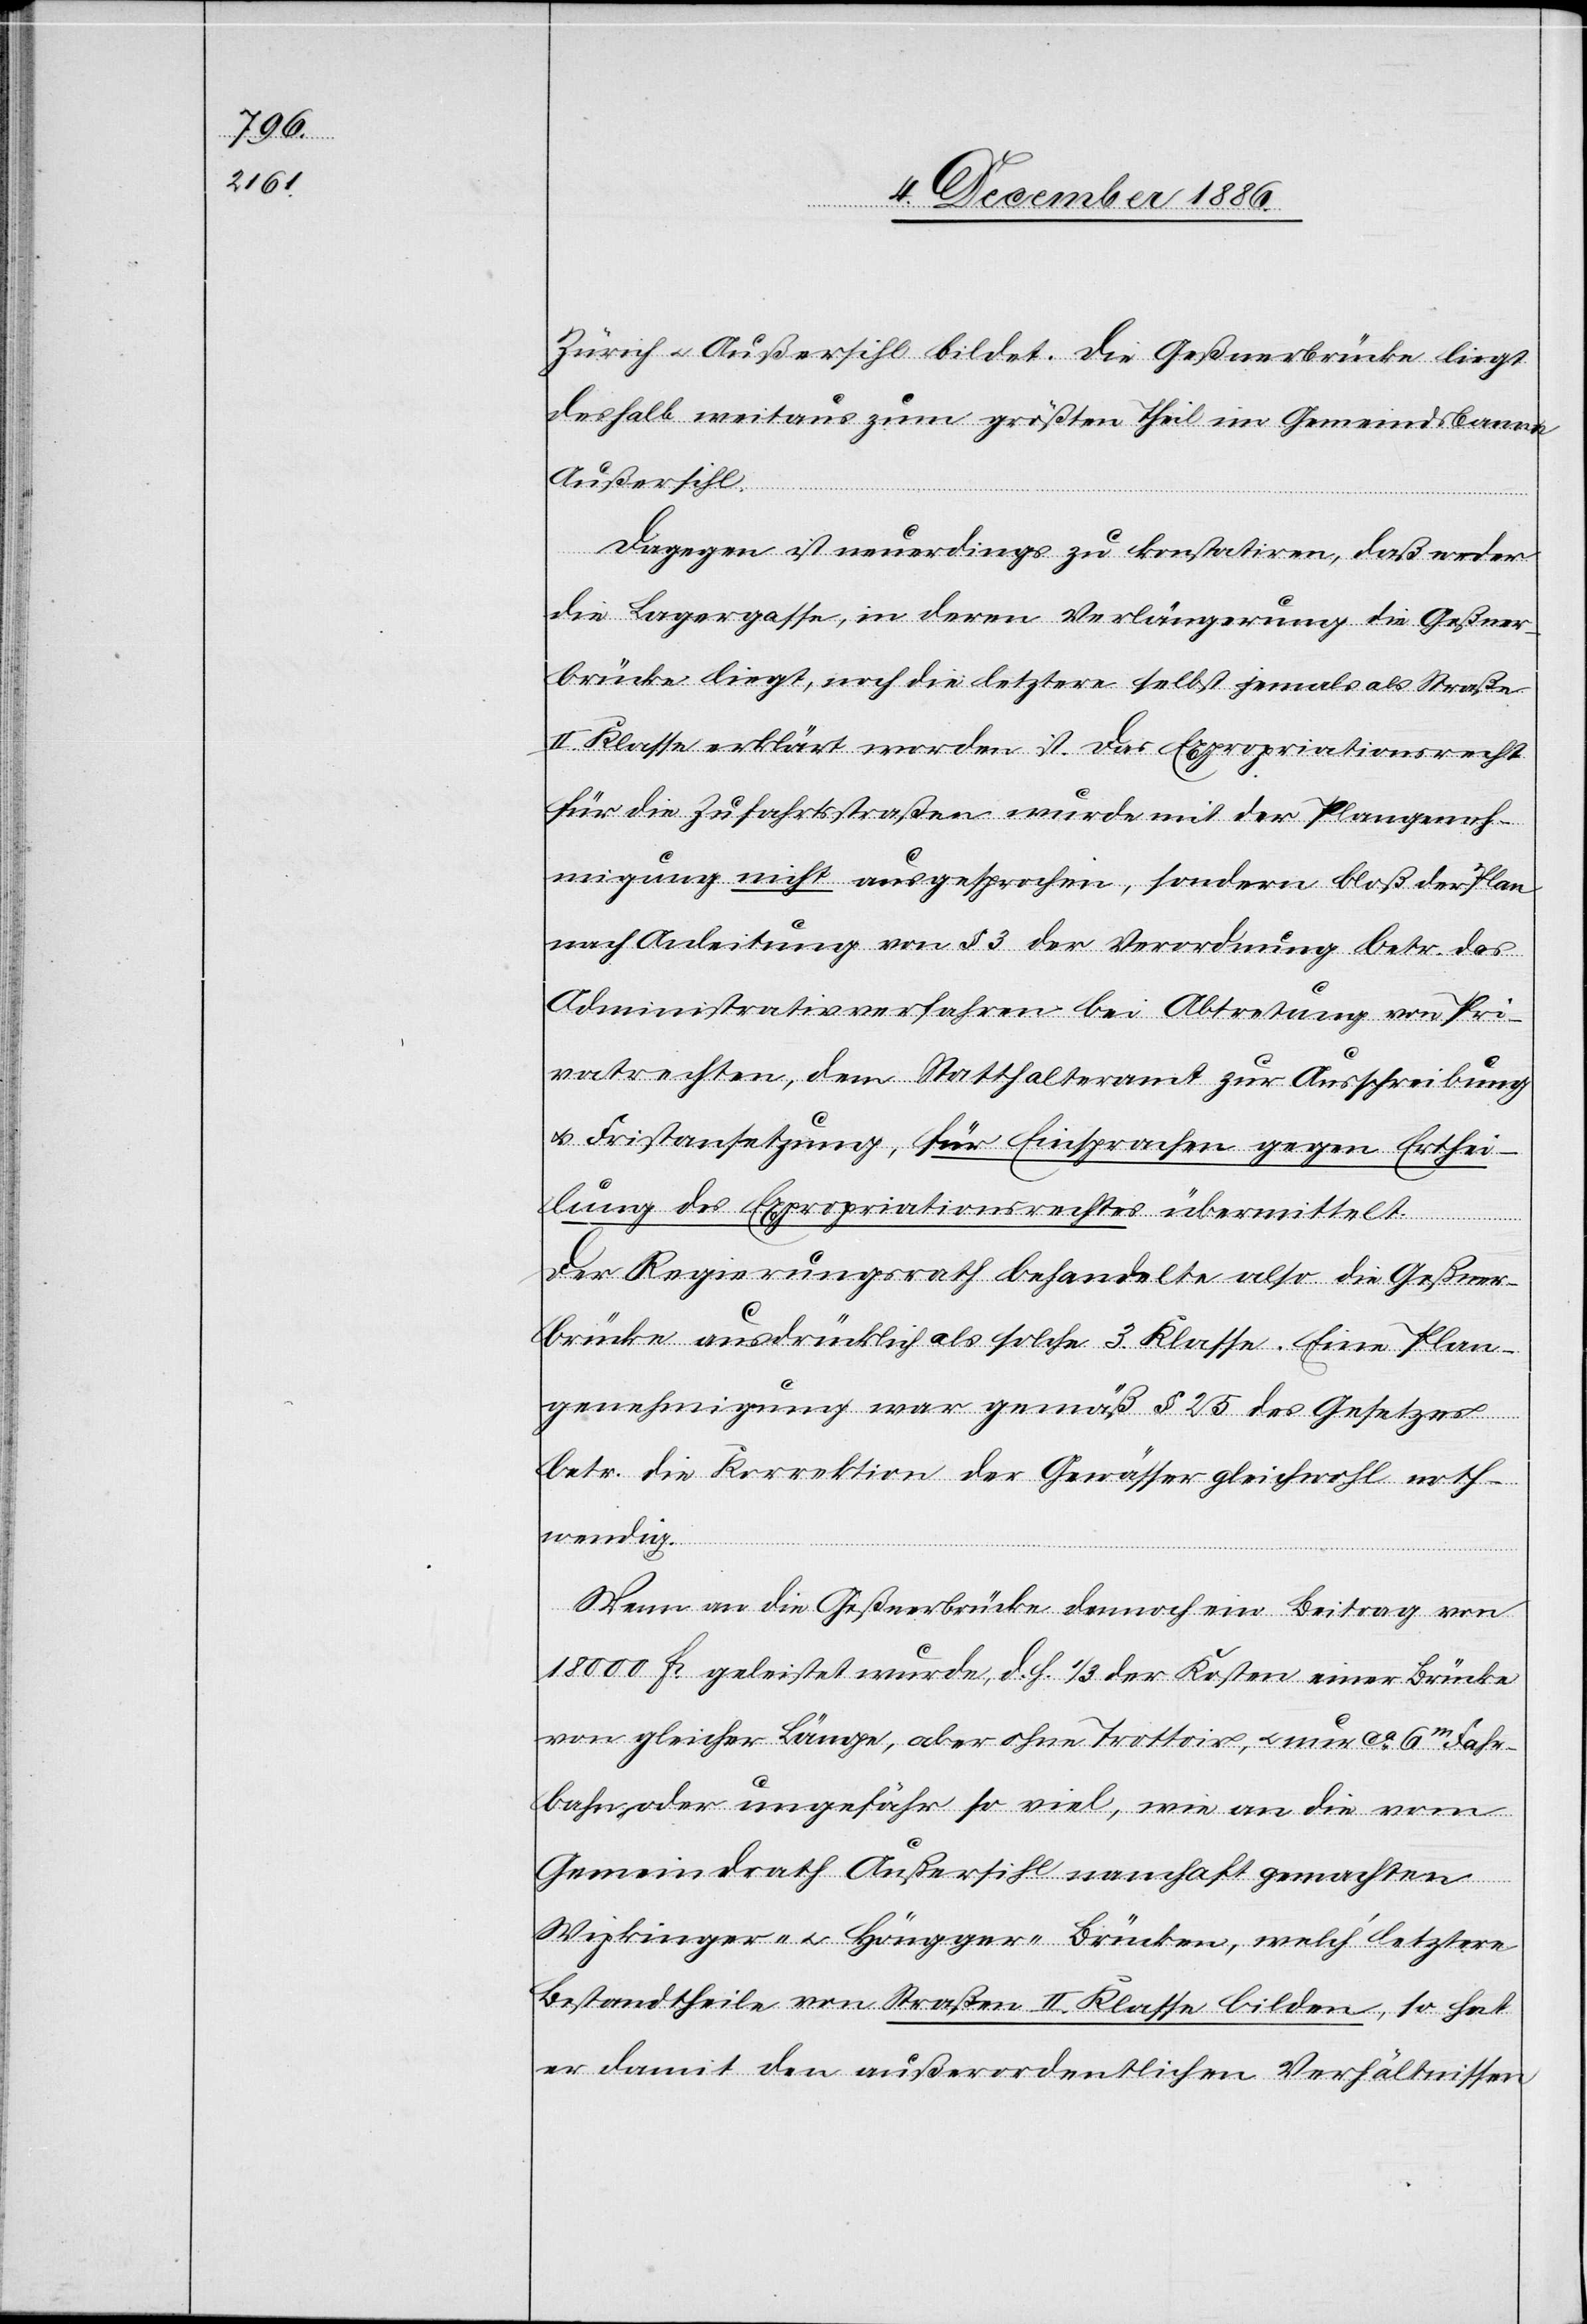
Zürich & Außersihl bildet. Die Geßnerbrücke liegt
deshalb weitaus zum größten Theil im Gemeindsbanne
Außersihl.
Dagegen ist neuerdings zu konstatiren, daß weder
die Lagergasse, in deren Verlängerung die Geßner¬
brücke liegt, noch die letztere selbst jemals als Straße
II. Klasse erklärt worden ist. Der Expropriationsrecht
für die Zufahrtsstraßen wurde mit der Plangeneh¬
migung nicht ausgesprochen, sondern bloß der Plan
nach Anleitung von § 3 der Verordnung betr. das
Administrativverfahren bei Abtretung von Pri¬
vatrechten, dem Statthalteramt zur Ausschreibung
& Fristansetzung, für Einsprachen gegen Erthei¬
lung des Expropriationsrechtes übermittelt.
Der Regierungsrath behandelte also die Geßner¬
brücke ausdrücklich als solche 3. Klasse. Eine Plan¬
genehmigung war gemäß § 25 des Gesetzes
betr. die Korrektion der Gewässer gleichwohl noth¬
wendig.
Wenn an die Geßnerbrücke dennoch ein Beitrag von
18 000 Fr. geleistet wurde, d. h. 1/3 der Kosten einer Brücke
von gleicher Länge, aber ohne Trottoir, & nur ca 6m Fahr¬
bahn oder ungefähr so viel, wie an die vom
Gemeindrath Außersihl namhaft gemachten
Wipkinger- & Höngger-Brücken, welch’ letztere
Bestandtheile von Straßen II. Klasse bilden, so hat
er damit den außerordentlichen Verhältnissen